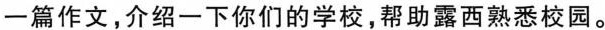
一篇作文，介绍一下你们的学校，帮助露西熟悉校园。